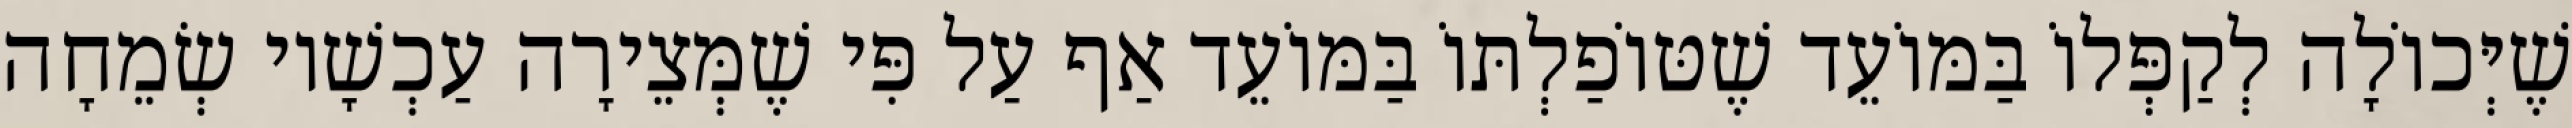
שֶׁיְּכוֹלָה לְקַפְּלוֹ בַּמּוֹעֵד שֶׁטּוֹפַלְתּוֹ בַּמּוֹעֵד אַף עַל פִּי שֶׁמְּצֵירָה עַכְשָׁיו שְׂמֵחָה